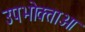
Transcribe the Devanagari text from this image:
उपभोक्‍ताओ